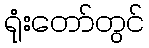
ရုံးတော်တွင်